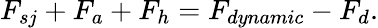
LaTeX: F_{sj}+F_{a}+F_{h}=F_{dynamic}-F_{d}.